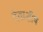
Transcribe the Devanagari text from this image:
देवाशीष